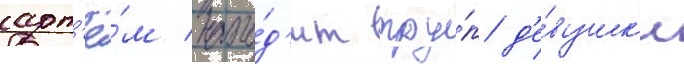
арт'ё́м нахо́д'ит тру́п д'е́вушк'и